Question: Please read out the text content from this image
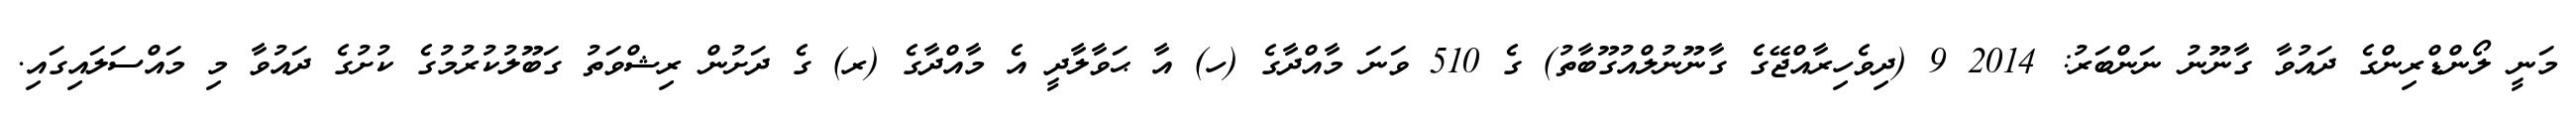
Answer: މަނީ ލޯންޑްރިންގެ ދައުވާ ގާނޫނު ނަންބަރު: 2014 9 (ދިވެހިރާއްޖޭގެ ގާނޫނުލްއުގޫބާތު) ގެ 510 ވަނަ މާއްދާގެ (ހ) އާ ޙަވާލާދީ އެ މާއްދާގެ (ރ) ގެ ދަށުން ރިޝްވަތު ގަބޫލުކުރުމުގެ ކުށުގެ ދައުވާ މި މައްސަލައިގައި.